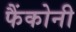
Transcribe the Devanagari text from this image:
फैंकोनी